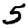
Digit: 5